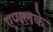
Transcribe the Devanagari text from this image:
एप्पलके